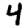
Digit: 4